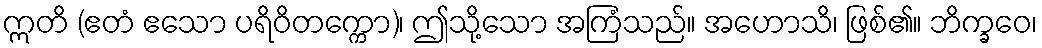
ဣတိ (ဧတံ ဧသော ပရိဝိတက္ကော)၊ ဤသို့သော အကြံသည်။ အဟောသိ၊ ဖြစ်၏။ ဘိက္ခဝေ၊